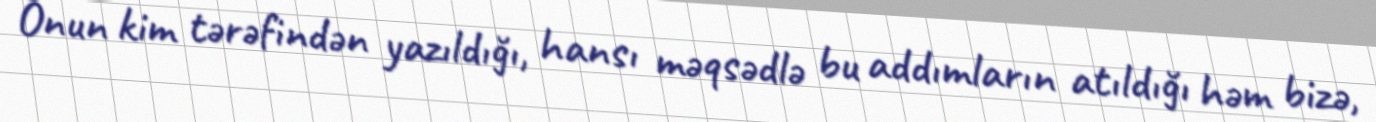
Onun kim tərəfindən yazıldığı, hansı məqsədlə bu addımların atıldığı həm bizə,